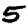
Digit: 5